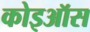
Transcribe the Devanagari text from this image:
कोइऑस